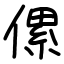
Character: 傫